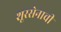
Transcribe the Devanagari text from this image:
शूरसेनाची